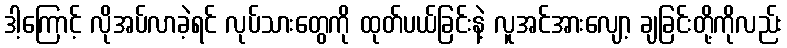
ဒါ့ကြောင့် လိုအပ်လာခဲ့ရင် လုပ်သားတွေကို ထုတ်ပယ်ခြင်းနဲ့ လူအင်အားလျော့ ချခြင်းတို့ကိုလည်း